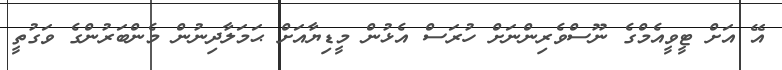
އޭ އަށް ޓީވީއެމްގެ ނޫސްވެރިންނަށް ހުރަސް އެޅުން މީޑިޔާއަށް ޙަމަލާދިނުން މެންބަރުންގެ ވަގުތީ